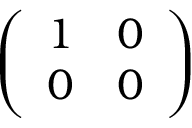
\left( \begin{array} { l l } { 1 } & { 0 } \\ { 0 } & { 0 } \end{array} \right)